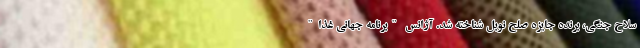
سلاح جنگی، برنده جایزه صلح نوبل شناخته شد. آژانس "برنامه جهانی غذا"